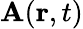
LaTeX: {\mathbf A}({\mathbf r},t)